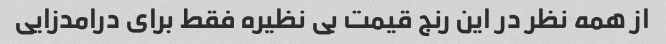
از همه نظر در این رنج قیمت بی نظیره فقط برای درامدزایی